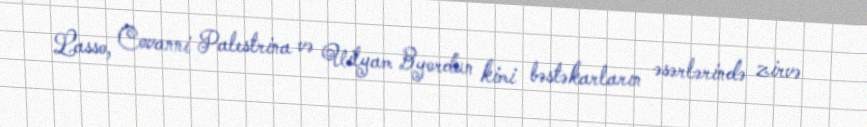
Lasso, Covanni Palestrina və Uilyam Byordun kimi bəstəkarların əsərlərində zirvə